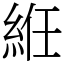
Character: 絍